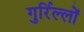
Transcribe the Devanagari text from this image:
गुर्रिल्लों